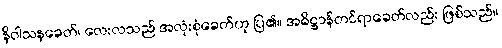
နိဝါသနခေတ်၊ လေးလသည် အလုံးစုံခေတ်ဟု ပြ၏။ အဓိဋ္ဌာန်တင်ရာခေတ်လည်း ဖြစ်သည်။